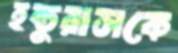
হন্ডুরাসকে